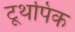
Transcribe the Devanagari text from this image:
टूथपिक